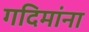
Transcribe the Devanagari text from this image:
गदिमांना